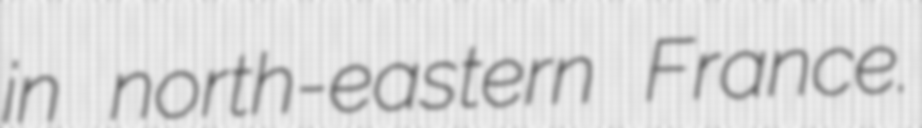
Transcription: in north-eastern France.